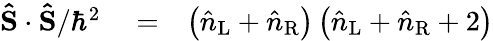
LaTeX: \begin{array}{rlr}{{\mathbf{\hat{S}}}\cdot{\mathbf{\hat{S}}}/\hbar^{2}}&{{}=}&{\left(\hat{n}_{\mathrm{L}}+\hat{n}_{\mathrm{R}}\right)\left(\hat{n}_{\mathrm{L}}+\hat{n}_{\mathrm{R}}+2\right)}\end{array}